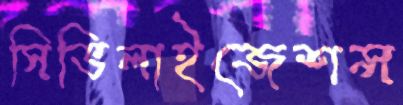
সিভিলাইজেশন্স